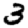
Digit: 3